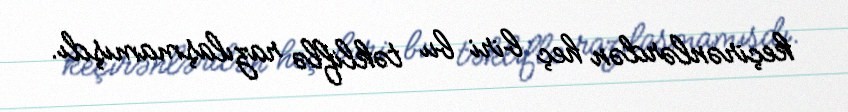
keçirənlərdən heç biri bu təkliflə razılaşmamışdı.